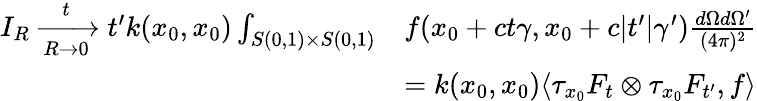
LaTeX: \begin{array}{rl}{I_{R}\xrightarrow[R\rightarrow 0]tt^{\prime}k(x_{0},x_{0})\int_{S(0,1)\times S(0,1)}}&{f(x_{0}+ct\gamma,x_{0}+c|t^{\prime}|\gamma^{\prime})\frac{d\Omega d\Omega^{\prime}}{(4\pi)^{2}}}\\ &{=k(x_{0},x_{0})\langle\tau_{x_{0}}F_{t}\otimes\tau_{x_{0}}F_{t^{\prime}},f\rangle}\end{array}